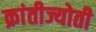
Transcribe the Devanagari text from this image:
क्रांतीज्योती